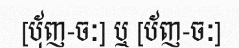
[ប៉័ញ-ចៈ] ឬ [ប័ញ-ចៈ]